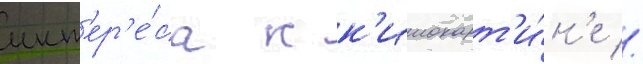
инт'ер'е́са к к'инокарт'и́н'е //